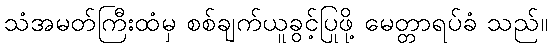
သံအမတ်ကြီးထံမှ စစ်ချက်ယူခွင့်ပြုဖို့ မေတ္တာရပ်ခံ သည်။